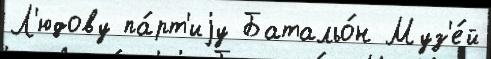
Л'юдову па́рт'иjу Батальо́н Муз'е́й